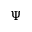
\Psi